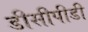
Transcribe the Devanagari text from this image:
डीसीपीडी